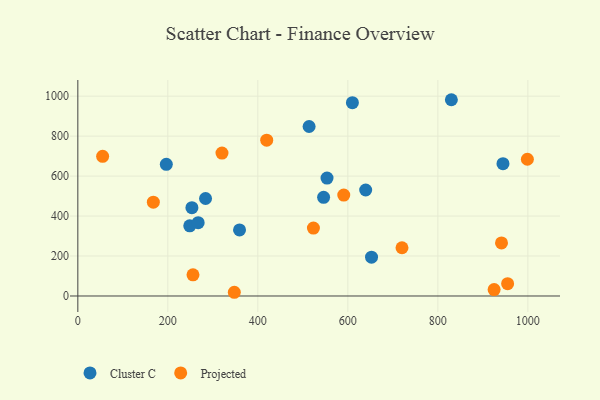
{"axis": {"x": "Investment", "y": "Demand"}, "legend": ["Cluster C", "Projected"], "data": [{"x": "944.7", "y": 662.4, "type": "Cluster C"}, {"x": "196.6", "y": 658.9, "type": "Cluster C"}, {"x": "610.1", "y": 967.5, "type": "Cluster C"}, {"x": "248.7", "y": 350.9, "type": "Cluster C"}, {"x": "546.1", "y": 493.9, "type": "Cluster C"}, {"x": "359.3", "y": 330.6, "type": "Cluster C"}, {"x": "283.8", "y": 488.0, "type": "Cluster C"}, {"x": "652.6", "y": 194.3, "type": "Cluster C"}, {"x": "267.4", "y": 367.1, "type": "Cluster C"}, {"x": "513.9", "y": 848.3, "type": "Cluster C"}, {"x": "553.7", "y": 590.2, "type": "Cluster C"}, {"x": "830.0", "y": 982.2, "type": "Cluster C"}, {"x": "639.6", "y": 530.5, "type": "Cluster C"}, {"x": "253.5", "y": 442.1, "type": "Cluster C"}, {"x": "55.1", "y": 698.7, "type": "Projected"}, {"x": "590.9", "y": 505.2, "type": "Projected"}, {"x": "347.7", "y": 18.6, "type": "Projected"}, {"x": "255.9", "y": 106.0, "type": "Projected"}, {"x": "167.8", "y": 469.4, "type": "Projected"}, {"x": "941.4", "y": 265.4, "type": "Projected"}, {"x": "419.7", "y": 779.8, "type": "Projected"}, {"x": "998.9", "y": 684.3, "type": "Projected"}, {"x": "523.5", "y": 340.0, "type": "Projected"}, {"x": "925.0", "y": 31.9, "type": "Projected"}, {"x": "955.0", "y": 61.8, "type": "Projected"}, {"x": "320.3", "y": 715.2, "type": "Projected"}, {"x": "720.3", "y": 241.4, "type": "Projected"}]}